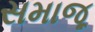
સમાજૂ